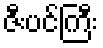
ဇီးပင်ကြီး